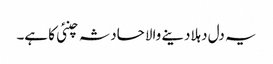
یہ دل دہلادینے والا حادثہ چنئی کا ہے۔